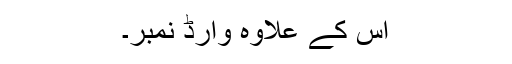
اس کے علاوہ وارڈ نمبر۔